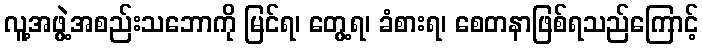
လူ့အဖွဲ့အစည်းသဘောကို မြင်ရ၊ တွေ့ရ၊ ခံစားရ၊ စေတနာဖြစ်ရသည်ကြောင့်